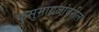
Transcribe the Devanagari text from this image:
कुसुमाग्रजांवरील